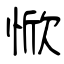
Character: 惞